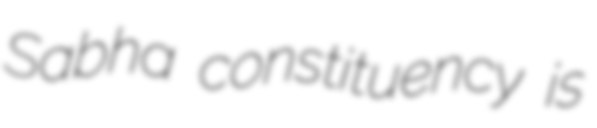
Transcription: Sabha constituency is